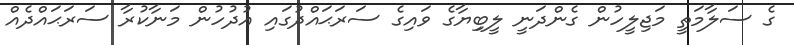
ގެ ސަލާމަތީ މަޖިލީހުން ގެންދަނީ ލީބިިޔާގެ ވައިގެ ސަރަޙައްދުގައި އުދުހުން މަނާކުރާ ސަރަޙައްދެއް